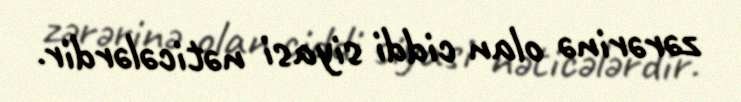
zərərinə olan ciddi siyasi nəticələrdir.